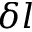
\delta l